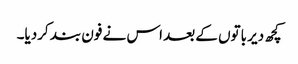
کچھ دیر باتوں کے بعد اس نے فون بند کردیا۔